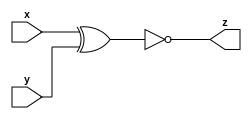
module top_module(
	input x,
	input y,
	output z);

	// The simulation waveforms gives you a truth table:
	// y x   z
	// 0 0   1
	// 0 1   0
	// 1 0   0
	// 1 1   1   
	// Two minterms: 
	// assign z = (~x & ~y) | (x & y);

	// Or: Notice this is an XNOR.
	assign z = ~(x^y);

endmodule